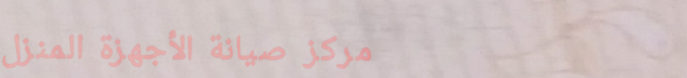
مركز صيانة الأجهزة المنزل